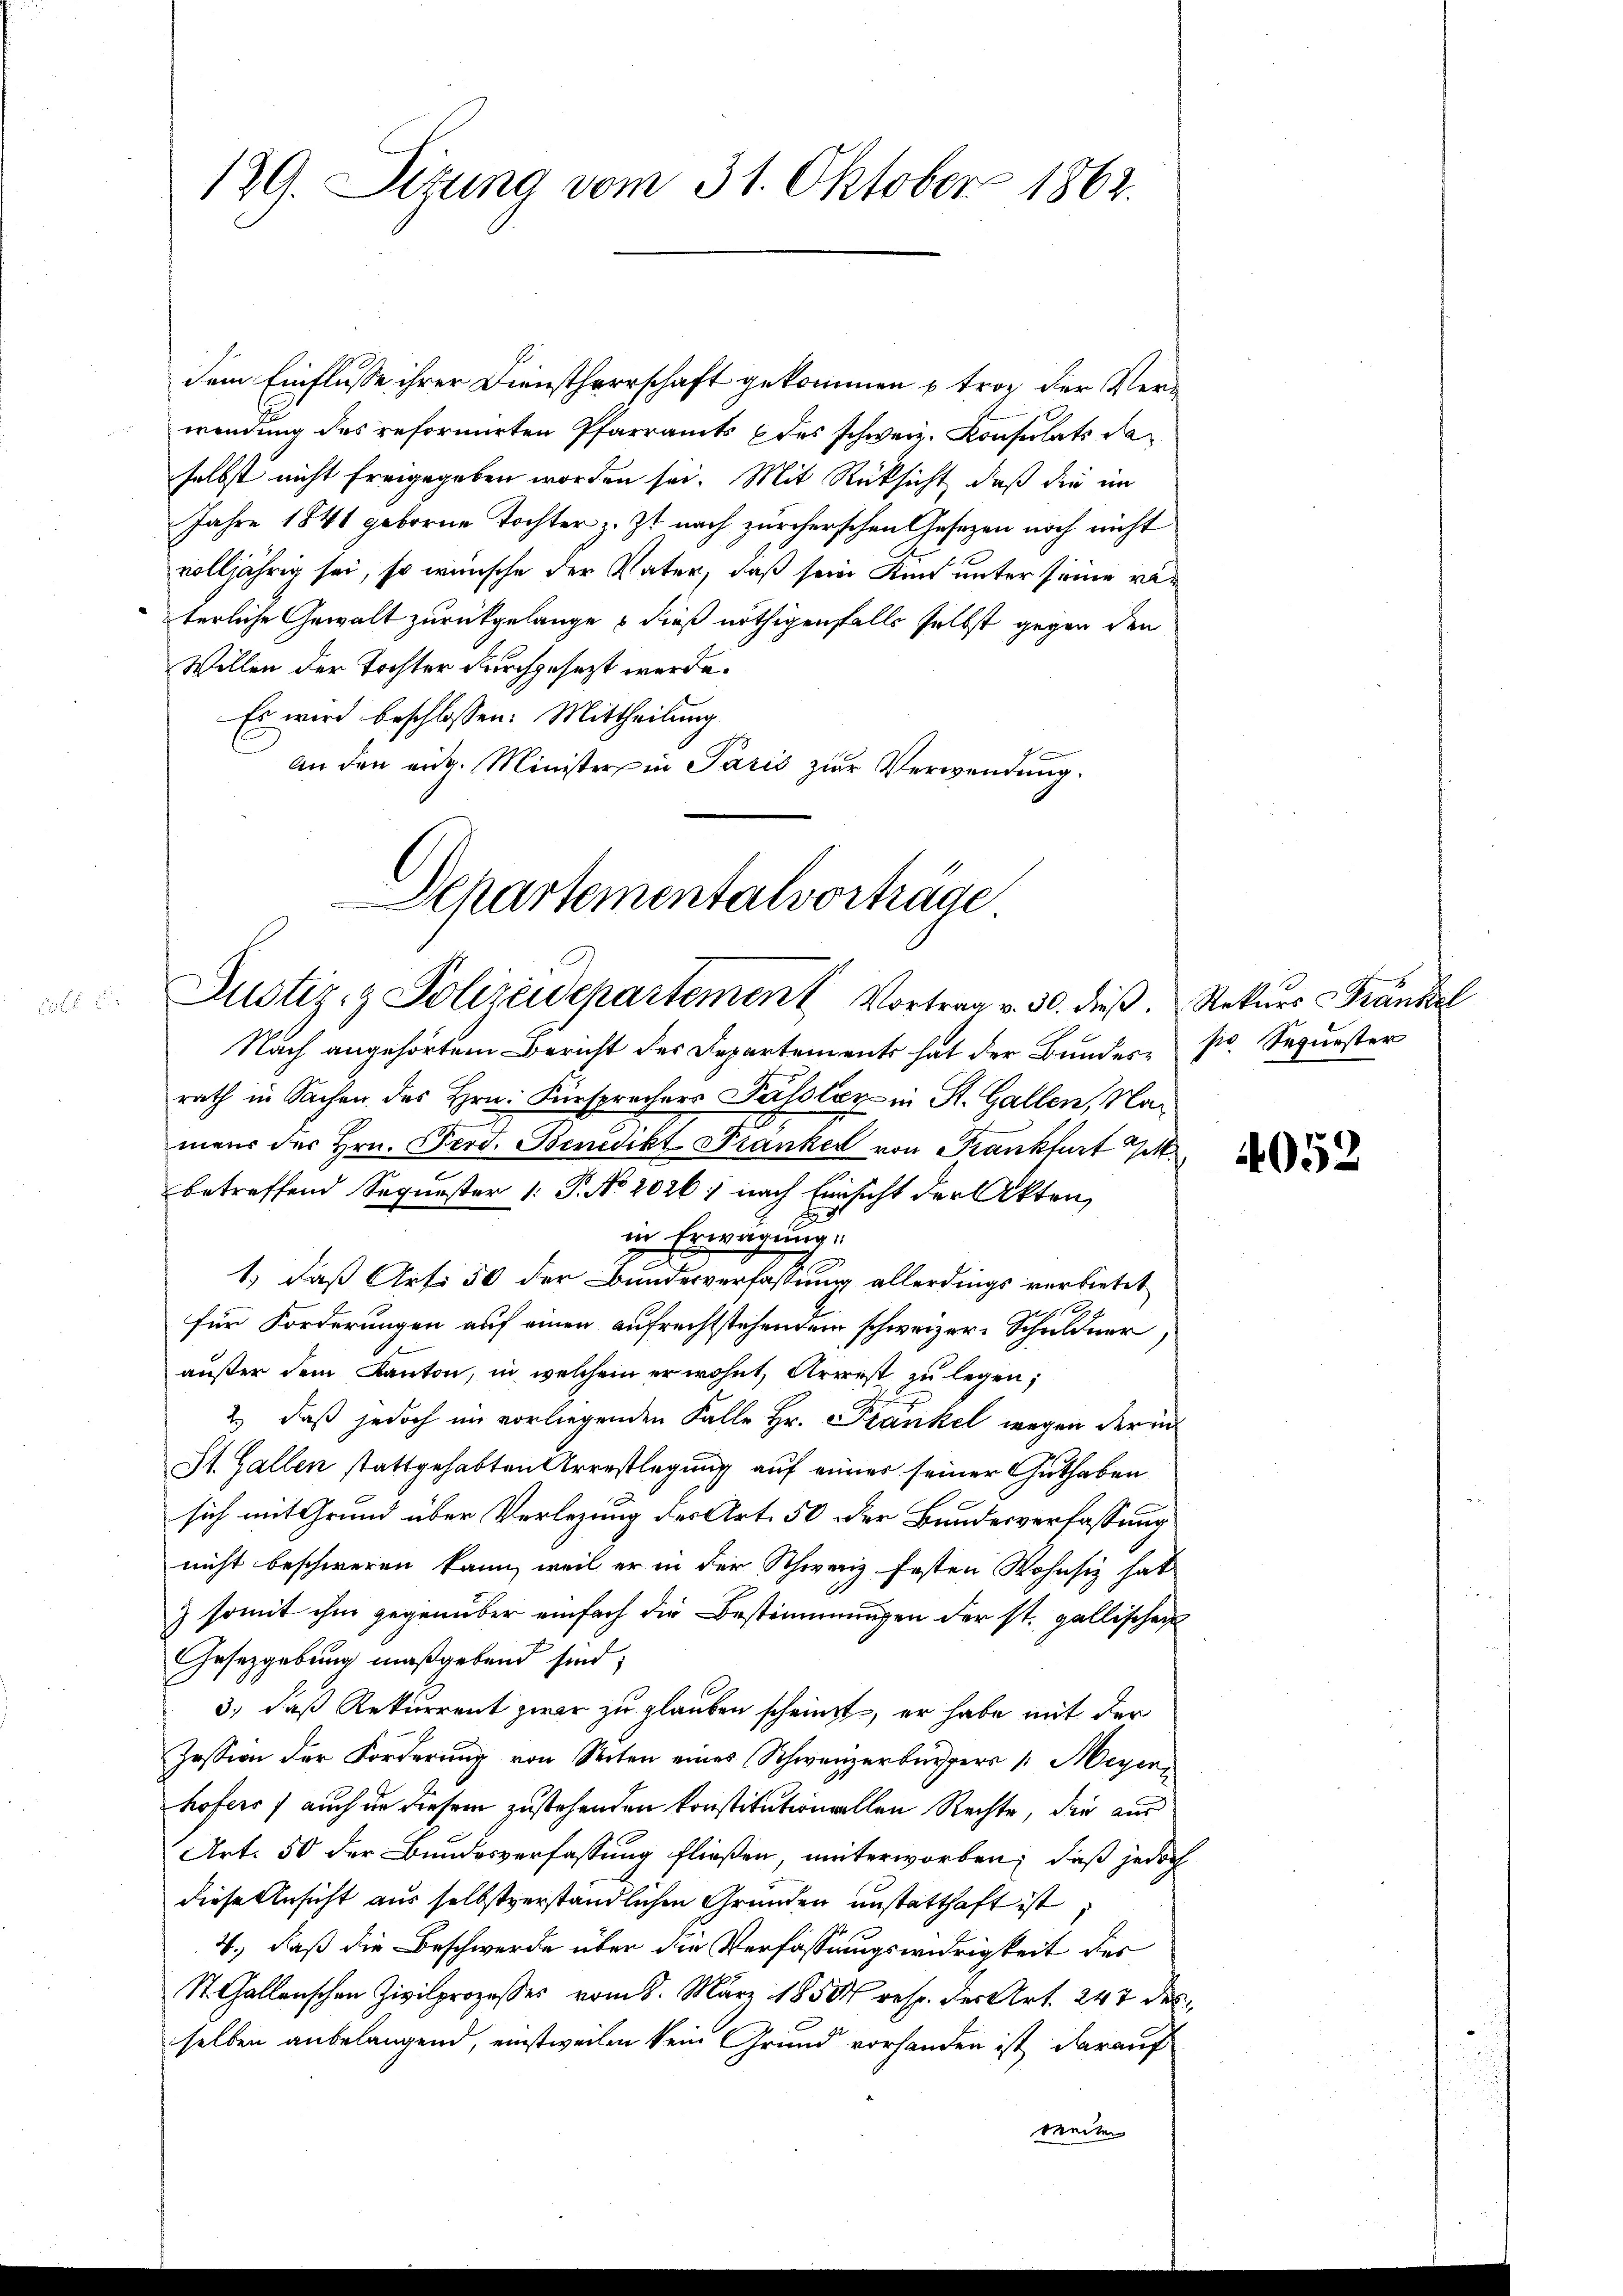
129. Sitzung vom 31. Oktober 1862.

dem Einflusse ihrer Dienstherrschaft gekommen u. trop der Verwendung des reformirten Pfarramts (des schweiz. Konsulats daselbst nicht freigegeben worden sei. Mit Rücksicht, daß die im
Jahre 1841 geborne Tochter z. Zt. nach zürcherschen Gesetzen noch nicht
volljährig sei, so wünsche der Vater, daß seine Kind unter seine reterliche Gewalt zurückgelange & dieß nöthigenfalls selbst gegen den
Willen der Tochter durchgesezt werde.
Es wird beschlossen: Mittheilung
An den eidg. Minister in Paris zur Verwendung.
Departementalvorträge

2. Justiz & Polizeidepartement Vortrag v. 30. dieß. Rekurs Fränkel

Nach angehörtem Bericht des Departements hat der Bundes pr. Sequester
rath in Sachen des Hrn. Fürsprecher Passlay in St. Gallen, Namens der Hrn. Ferd. Benedikt Franker von Frankfurt G
betreffend Sequester /: P. No. 2026 ; nach Einsicht der Akten,
in Erwägung.
1.) daß Art. 50 der Bundesverfassung allerdings verbietet
für Forderungen auf einen aufrechtstehenden schweizer-Schuldner,
außer dem Kanton, in welchem er wohnt, Arrest zu legen;
2.) daß jedoch im vorliegenden Falle Hr. Frankel wegen der in
St. Gallen stattgehabten Arrestlegung auf einer seiner Guthaben
sich mit Grund über Verlegung des Art. 50 der Bundesverfassung
nicht beschweren kann, weil er in der Schweiz festen Wohnsiz hat
& somit ihm gegenüber einfach die Bestimmungen der st. gallischen
Gesetzgebung maßgebend sind;
3., daß Rekurrent zwar zu glauben scheint, er habe mit der
Zession der Forderung von Seiten eines Schweizerbürgers /: Meyer
hofers, auch an diesem zustehenden konstitution vollen Rechte, die aus
Art. 50 der Bundesverfassung fließen, unterworben; daß jedoch
diese Ansicht aus selbstverständlichen Grunden unstatthaft ist
4., daß die Beschwerde über die Verfassungswidrigkeit des
St. Gallenschen Zivilprozesses vom 8. März 1850 resp. der Art. 247 des
selben anbelangend, einstweilen kein Grund vorhanden ist, darauf
weiten

4052